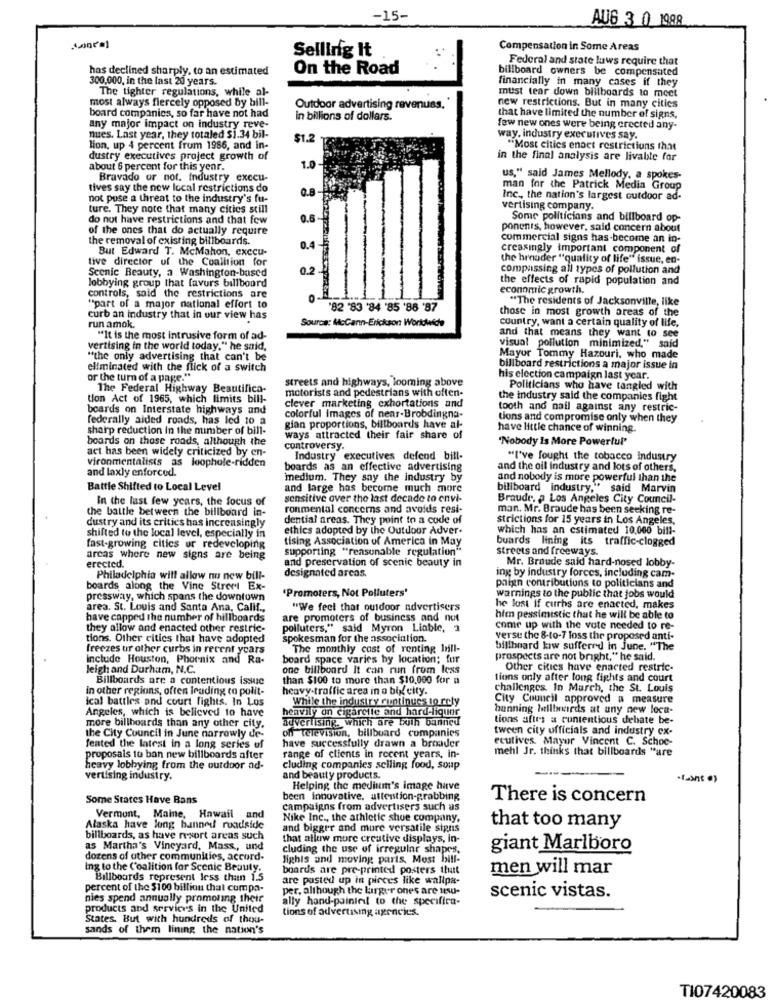
-15-
AU6 3 0 1998
Selling It
Compensation in Some Areas
Federal and state laws require that
has declined sharply, to an estimated
On the Road
billboard owners be compensated
300,000, in the last 20 years.
financially in many cases if they
The tighter regulations, while al-
must tear down billboards to meet
most always fiercely opposed by bill-
board companies, so far have not had
Outdoor advertising revenuss.
new restrictions. But in many cities
in billions of dollars.
that have limited the number of signs,
any major impact on industry reve-
few new ones were being crected any-
nues. Last year, they totaled $1.34 bil-
$1.2
way. industry executives say.
lion, up 4 percent frum 1986, and in-
"Most cities endet restrictions that
dustry executives project growth of
1.0
in the final analysis are livable for
about 6 percent for this year.
Bravado or not. industry execu-
us," said James Mellody, a spokes-
tives say the new local restrictions do
man for the Patrick Media Group
not pose a threat to the industry's fu-
Inc ., the nation's largest outdoor ad-
ture. They note that many cities still
vertising company.
do not have restrictions and that few
Some politicians and billboard op-
of the ones that do actually require
ponents, however, said concern about
the removal of existing billboards.
commercial signs has-become an in-
But Edward T. McMahon, execu-
creasingly important component of
tive director of the Coalition for
the hrouder "quality of life" issue, en-
Scenic Beauty, a Washington-based
compassing all types of pollution and
lobbying group that favurs billboard
the effects of rapid population and
economic growth.
controls, said the restrictions are
"The residents of Jacksonville, like
"part of a major national effort to
'82 '83 '84 '85 '88 '87
those in most growth areas of the
curb an industry that in our view has
run amok.
Source: McCann-Erickson Worldwide
Country, want a certain quality of life,
"It is the most intrusive form of ad-
and that means they want to see
visual pollution minimized," said
vertising in the world today." he said,
"the only advertising that can't be
Mayor Tommy Hazouri, who made
eliminated with the flick of a switch
billboard restrictions a major issue in
or the turn of a page."
streets and highways, looming above
his election campaign last year.
The Federal Highway Beautifica-
motorists and pedestrians with often-
Politicians who have tangled with
tion Act of 1965, which limits bill-
clever marketing exhortations and
the industry said the companies fight
boards on Interstate highways and
tooth and nail against any restric-
federally aided roads, has led to a
colorful images of nenr-Brobdingna-
tions and compromise only when they
sharp reduction In the number of bill-
gian proportions, billboards have al-
have little chance of winning.
boards on those roads, although the
ways attracted their fair share of
'Nobody Is More Powerful"
act has been widely criticized by en-
controversy.
Industry executives defend bill-
"I've fought the tobacco industry
and laxly enforced.
vironmentalists as loophole-ridden
boards as an effective advertising
and the oil industry and lots of others,
'medium. They say the industry by
and nobody is more powerful than the
Battle Shifted to Local Level
and large has become much more
billboard industry," said Marvin
In the last few years, the focus of
sensitive over the last decade to envi-
Braude. a Los Angeles City Council-
the battle between the billboard in-
ronmental concerns and avoids resi-
man. Mr. Braude has been seeking re-
dential areas. They point to a code of
strictions for 15 years in Los Angeles,
dustry and its critics has increasingly
ethics adopted by the Outdoor Adver.
which has an estimated 10.000 biff-
shifted to the local level, especially in
tising Association of America in May
buards lining its traffic-clogged
fast-growing citics ur redeveloping
supporting "reasonable regulation"
streets and freeways.
areas where new signs are being
Mr. Braude said hard-nosed lobby-
erected.
and preservation of scenic beauty in
Philadelphia will allow nu new bill-
designated areas.
ing by industry forces, including cam-
boards along the Vine Street Ex-
"Promoters, Not Polluters'
paign contributions to politicians and
pressway, which spans the downtown
warnings to the public that jobs would
area. St. Louis and Santa Ana, Calif .,
"We feel that outdoor advertisers
he lost if curbs are enacted, makes
have capped the number of hillboards
are promoters of business and not
him pessimistic that he will be able to
they allow and enacted other restric-
polluters," said Myron Liable, 3
come up with the vote needed to re-
tions. Other cities that have adopted
spokesman for the association.
versu the & to-7 loss the proposed anti-
freezes ur other curbs in recent years
The monthly cost of renting bill-
billboard kiw suffered in June. "The
Include Houston, Phoenix and Ra-
board space varies by location; fur
prospects are not bright," he said.
leigh and Durham, N.C.
one billboard it can run from less
Other cities have enacted restric-
Billboards are a contentious issue
than $100 to more than $10,000 for a
tions only after long fights and court
in other regions, often leading co polit-
heavy-traffic area in a big city.
challenges. In March, the St. Louis
ical battles and court fights. In Los
While the industry runtinues to rely
City Council approved a measure
Angeles, which is believed to have
heavily on cigarette and hard-liqunr
banning hallboards at any new loca-
advertising, which are both banned
tions after a contentious debate be-
more billboards than any other city.
on Television, billboard companies
tween city officials and industry ex-
the City Council in June narrowly de-
ecutives. Mayor Vincent C. Schoe-
feated the latest in a long series of
have successfully drawn a broader
mehl Jr. thinks that billboards "are
proposals to ban new billboards after
range of clients in recent years, in-
heavy lobbying from the outdoor ad-
cluding companies selling food, soup
vertising industry.
and beauty products.
Helping the medium's image have
Some States Have Bans
been innovative. attention-grabbing
There is concern
campaigns from advertisers such as
Vermunt, Maine, Hawaii
Nike Inc ., the athletic shue company.
Alaska have long banned roadside
and bigger and more versatile signs
that too many
billboards, as have resort areas such
that allow more creative displays, in-
as Martha's Vineyard, Mass, und
cluding the use of irregular shapes.
giant Marlboro
dozens of other communities, accord-
Sighis and moving parts, Most bill-
ing to the Coalition for Scenic Beauty.
boards are pre-printed posters that
men will mar
Billboards represent less than 1.5
are posted up in pieces like wallpa-
percent of the $100 billion that compa-
per, although the larger ones are tsu-
scenic vistas.
nies spend annually promoting their
ally hand-painted to the specifica-
products and services in the United
tions of advertising agencies.
States. But with hundreds of thou-
sands of them lining the nation's
TI07420083